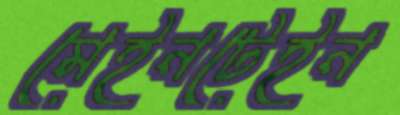
মেইনটেইন